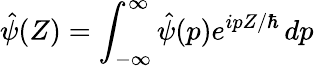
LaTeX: \hat{\psi}(Z)=\int_{-\infty}^{\infty}\hat{\psi}(p)e^{ipZ/\hbar}\, dp